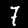
Label: 7